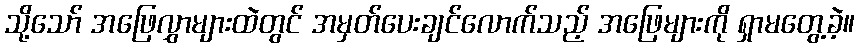
သို့သော် အဖြေလွှာများထဲတွင် အမှတ်ပေးချင်လောက်သည့် အဖြေများကို ရှာမတွေ့ခဲ့။